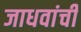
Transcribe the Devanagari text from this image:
जाधवांची